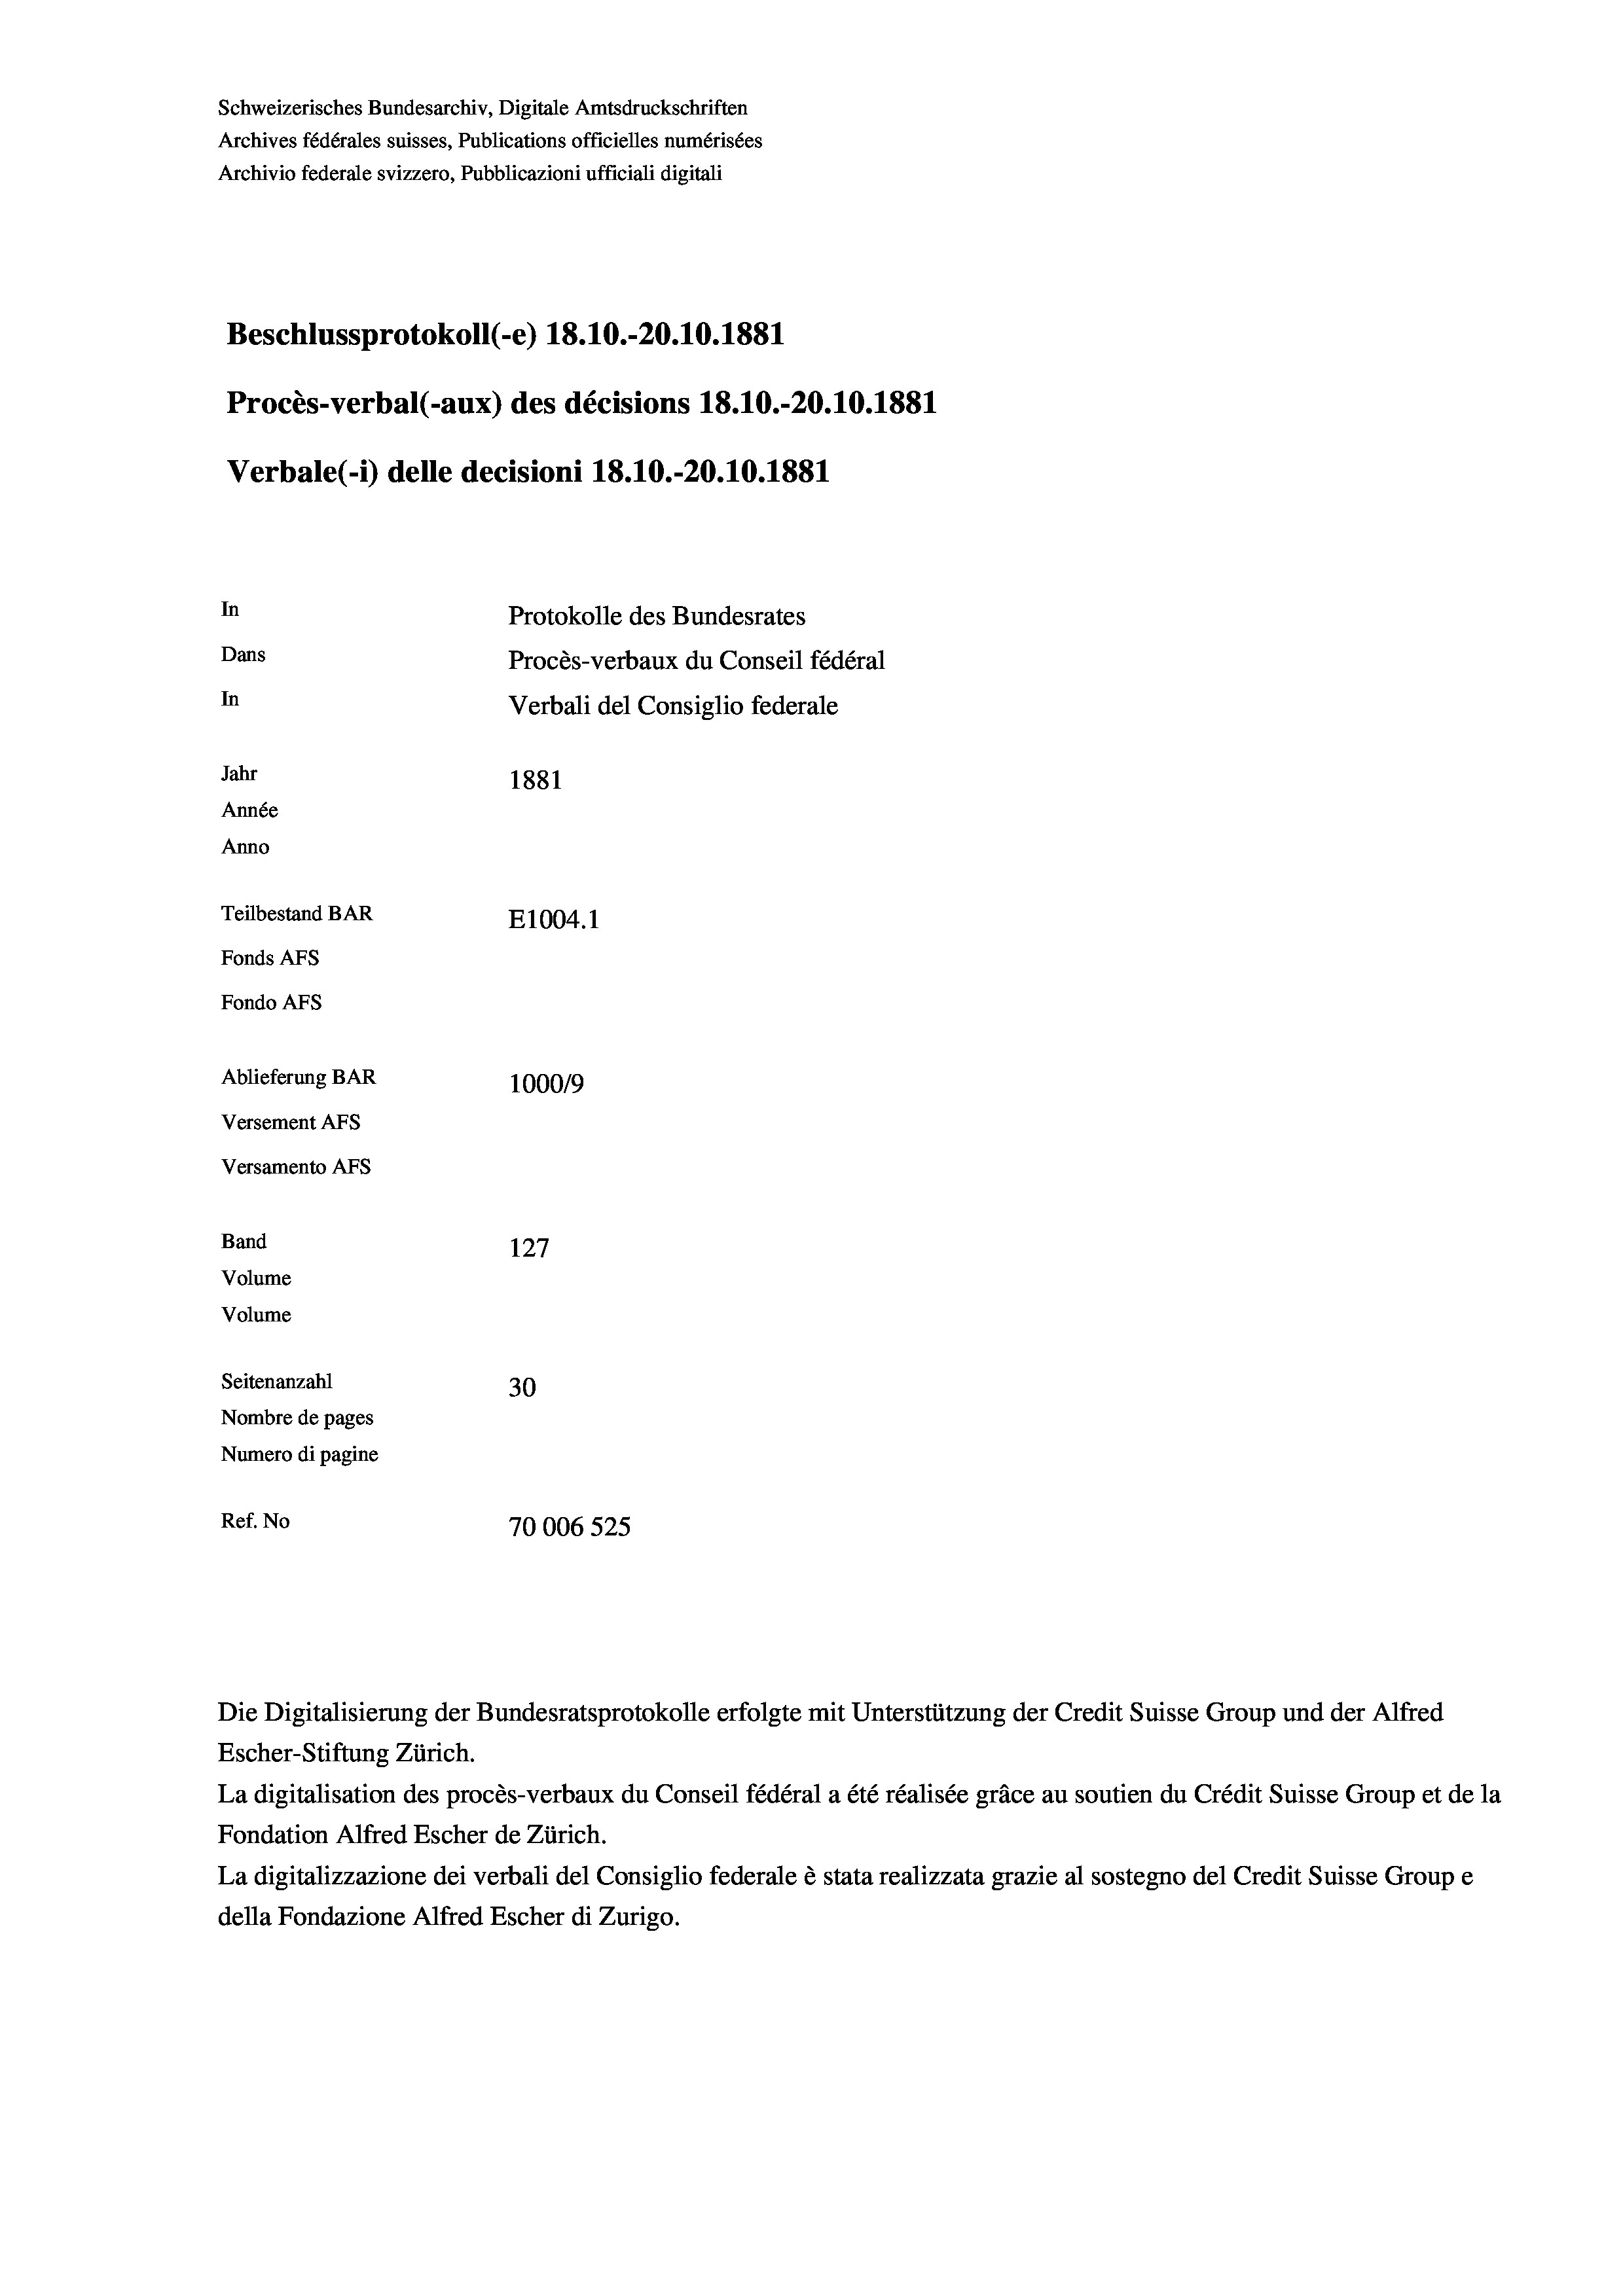
Schweizerisches Bundesarchiv, Digitale Amtsdruckschriften
Archives fédérales suisses, Publications officielles numérisées
Archivio federale svizzero, Pubblicazioni ufficiali digitali
Beschlussprotokoll (-e) 18.10.-20.10.1881
Procès-verbal (-aux) des décisions 18.10.-20.10.1881
Verbale (1) delle decisioni 18.10.-20.10.1881
In
Protokolle des Bundesrates
Dans
Procès-verbaux du Conseil fédéral
In
Verbali del Consiglio federale
Jahr
1881
Année
Anno
Teilbestand BAR
E1004. 1
Fonds AFs
Fondo Afs
Ablieferung BAR
100019
Versement AFs
Versamento AFS
Band
127
Volume
Volume
Seitenanzahl
30
Nombre de pages
Numero di pagine
Ref. No
70006 525

Die Digitalisierung der Bundesratsprotokolle erfolgte mit Unterstützung der Credit Suisse Group und der Alfred
Escher-Stiftung Zürich.
La digitalisation des procès-verbaux du Conseil fédéral a été réalisée gräce au soutien du Crédit Suisse Group et de la
Fondation Alfred Escher de Zürich.
La digitalizzazione dei verbali del Consiglio federale è stata realizzata grazie al sostegno del Credit Suisse Groupe
della Fondazione Alfred Escher di Zurigo.